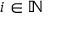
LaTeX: i \in \mathbb { N }